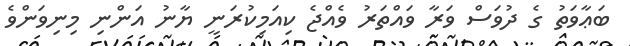
ބަޢާވަަތު ގެ ދުވަސް ވަރާ ވައްތަރު ވެއްޖެ ކިއަމިކުރަނީ ޔާނު އަންނި މިނިވަންވެ